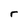
Character: r